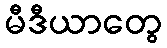
မီဒီယာတွေ